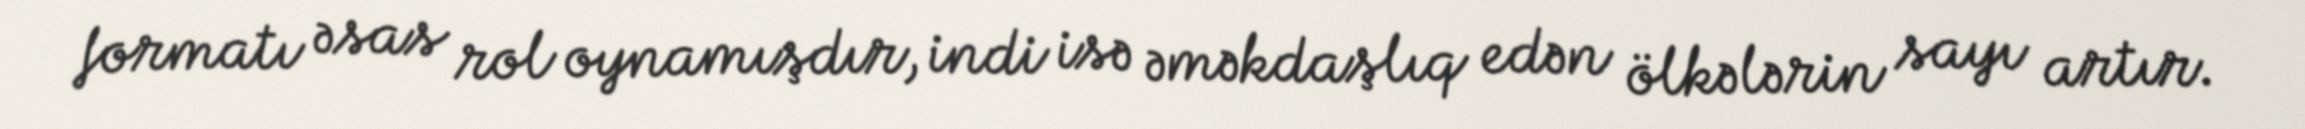
formatı əsas rol oynamışdır, indi isə əməkdaşlıq edən ölkələrin sayı artır.